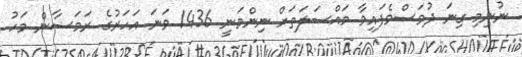
ނުނިމި ގިނަ ދުވަސްވެފައިވާ މައްސަލަތަށް ނިންމަނީ 1436 ވަނަ އަހަރުގެ ރަމަޟާން މަހު